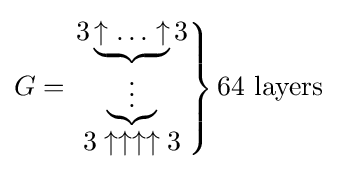
G=\left.{\begin{matrix}3\underbrace {\uparrow \ldots \uparrow } 3\\\underbrace {\vdots } \\3\uparrow \uparrow \uparrow \uparrow 3\end{matrix}}\right\}{\text{64 layers}}